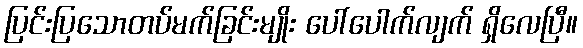
ပြင်းပြသောတပ်မက်ခြင်းမျိုး ပေါ်ပေါက်လျက် ရှိလေပြီ။